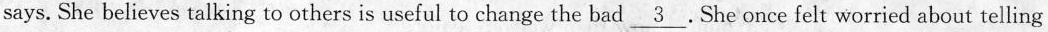
says. She believes talking to others is useful to change the bad \underline{ 3 } .She once felt worried about telling